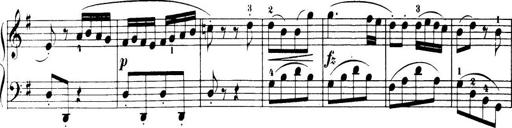
Title: 32 Sonatinas and Rondos for the Piano
Composer: Richard Kleinmichel